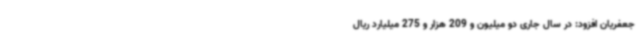
جعفریان افزود: در سال جاری دو میلیون و 209 هزار و 275 میلیارد ریال